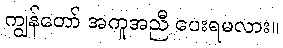
ကျွန်တော် အကူအညီ ပေးရမလား။